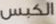
الكبس